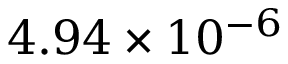
4 . 9 4 \times 1 0 ^ { - 6 }